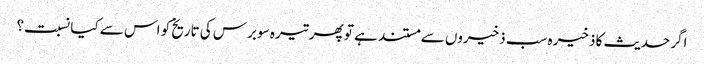
اگر حدیث کا ذخیرہ سب ذخیروں سے مستند ہے تو پھر تیرہ سو برس کی تاریخ کو اس سے کیا نسبت؟